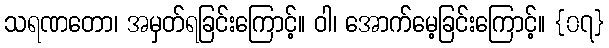
သရဏတော၊ အမှတ်ရခြင်းကြောင့်။ ဝါ၊ အောက်မေ့ခြင်းကြောင့်။ {၀၇}